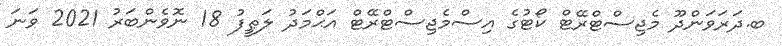
ބ.ދަރަވަންދޫ މެޖިސްޓްރޭޓް ކޯޓުގެ އިސްމެޖިސްޓްރޭޓް އަޙްމަދު ލަޠީފު 18 ނޮވެންބަރު 2021 ވަނަ